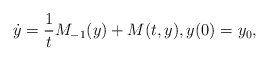
\begin{align*}\dot{y} = \dfrac{1}{t} M_{-1}(y) + M (t, y),y(0) = y_0,\end{align*}